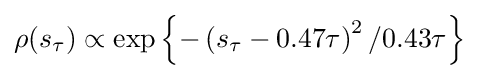
\rho (s_{\tau })\propto \exp \left\{-\left(s_{\tau }-0.47\tau \right)^{2}/0.43\tau \right\}